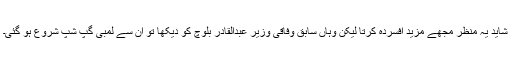
شاید یہ منظر مجھے مزید افسردہ کرتا لیکن وہاں سابق وفاقی وزیر عبدالقادر بلوچ کو دیکھا تو ان سے لمبی گپ شپ شروع ہو گئی۔